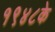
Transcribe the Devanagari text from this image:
१९४८के